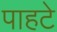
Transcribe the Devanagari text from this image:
पाहटे